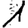
Digit: 1